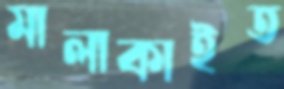
মালাকাইত